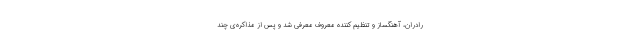
رادران، آهنگساز و تنظیم کننده معروف معرفی شد و پس از مذاکره‌ی چند